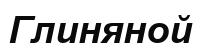
Глиняной